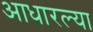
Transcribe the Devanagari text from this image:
आधारल्या